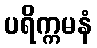
ပရိက္ကမနံ